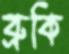
ব্রুকি